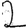
Digit: 2